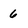
Character: 6